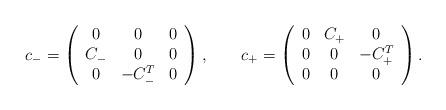
LaTeX: \begin{align*}c_- = \left( \begin{array}{ccc}0 & 0 & 0 \\C_- & 0 & 0 \\0 & - C_-^T & 0\end{array} \right), \qquad c_+ = \left( \begin{array}{ccc}0 & C_+ & 0 \\0 & 0 & - C_+^T \\0 & 0 & 0 \end{array} \right).\end{align*}